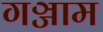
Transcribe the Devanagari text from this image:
गञ्जाम